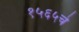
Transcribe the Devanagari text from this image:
१५६५चे